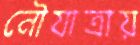
নৌযাত্রায়